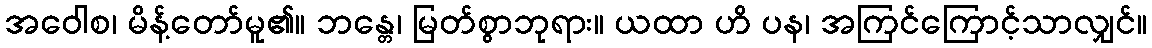
အဝေါစ၊ မိန့်တော်မူ၏။ ဘန္တေ၊ မြတ်စွာဘုရား။ ယထာ ဟိ ပန၊ အကြင်ကြောင့်သာလျှင်။